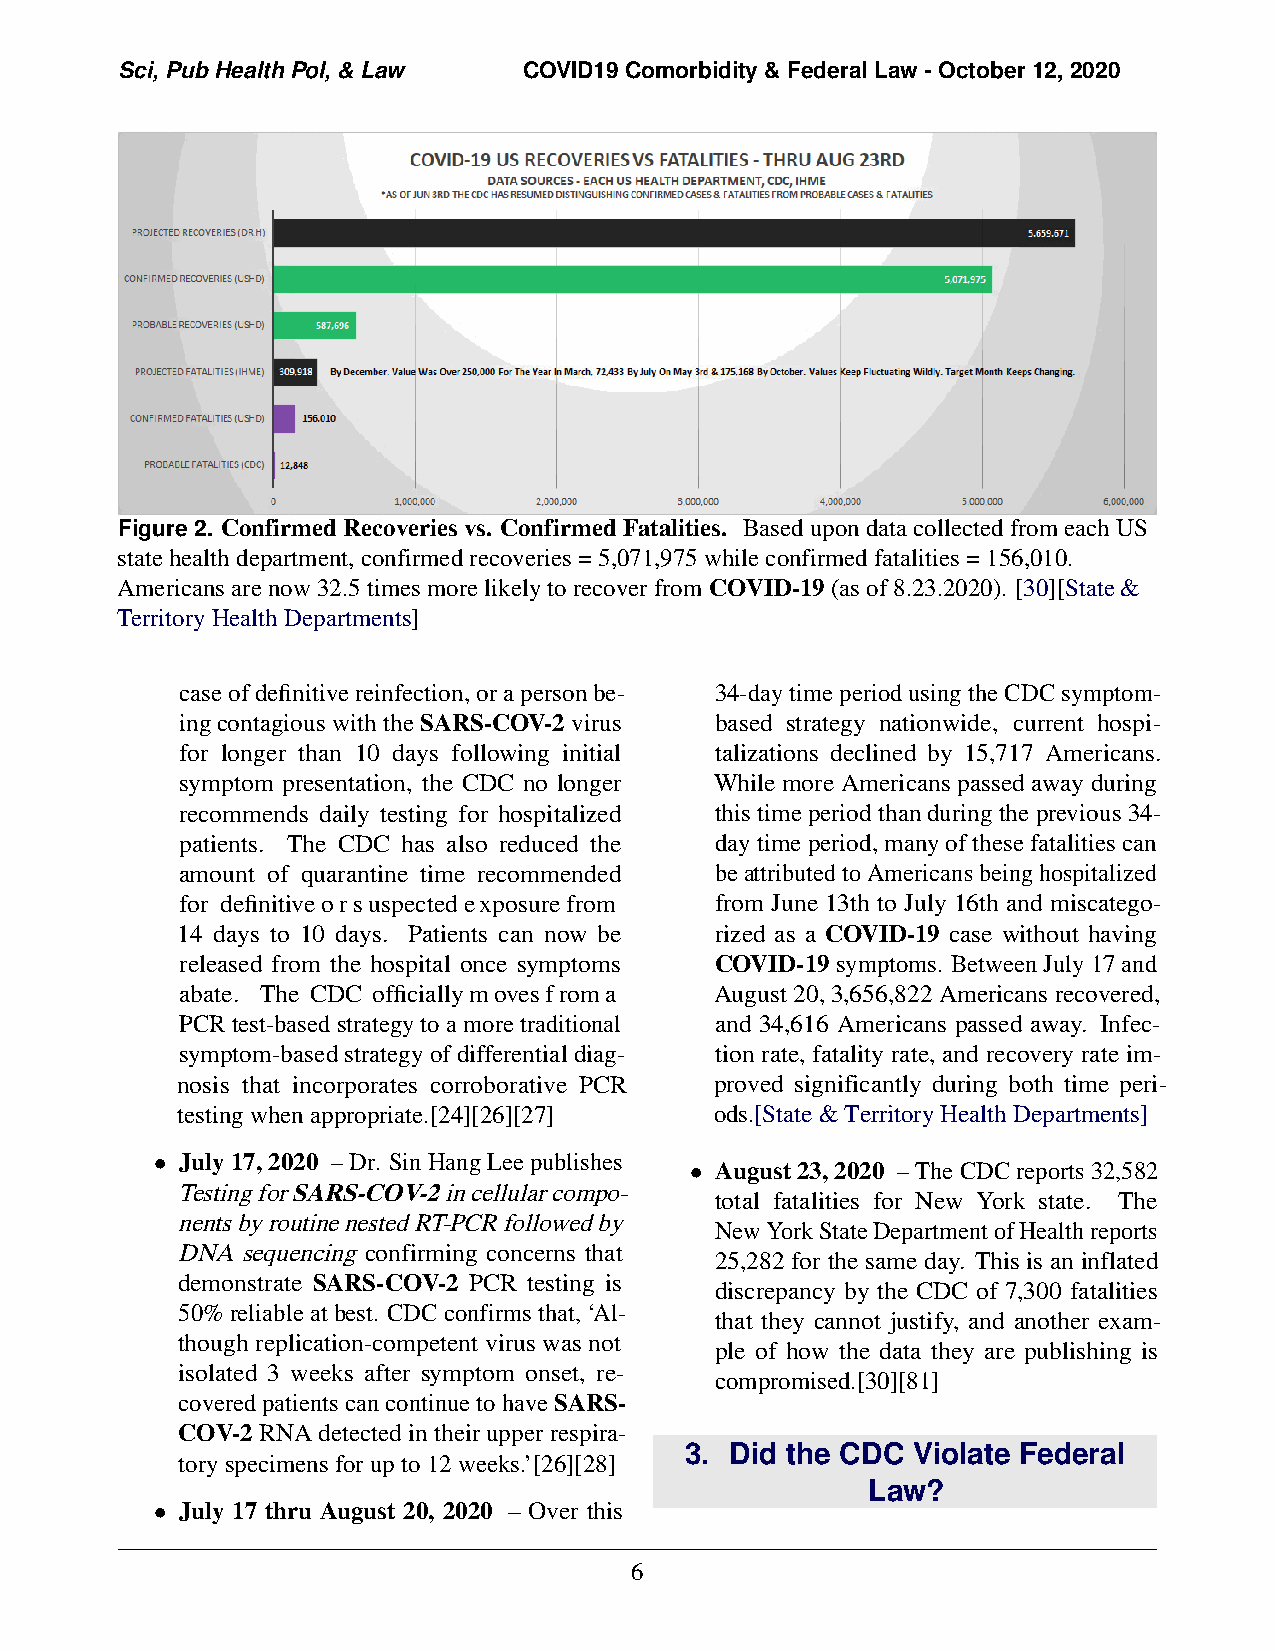
Sci, Pub Health Pol, & Law COVID19 Comorbidity & Federal Law - October 12, 2020
 Figure 2. Confirmed Recoveries vs. Confirmed Fatalities. Based upon data collected from each US
 state health department, confirmed recoveries = 5,071,975 while confirmed fatalities = 156,010.
 Americans are now 32.5 times more likely to recover from COVID-19 (as of 8.23.2020). [30][State &
 Territory Health Departments]
 case of definitive reinfection, or a person be- 34-day time period using the CDC symptom-
 ing contagious with the SARS-COV-2 virus based strategy nationwide, current hospi-
 for longer than 10 days following initial talizations declined by 15,717 Americans.
 symptom presentation, the CDC no longer While more Americans passed away during
 recommends daily testing for hospitalized this time period than during the previous 34-
 patients. The CDC has also reduced the day time period, many of these fatalities can
 amount of quarantine time recommended be attributed to Americans being hospitalized
 for definitive or suspected exposure from from June 13th to July 16th and miscatego-
 14 days to 10 days. Patients can now be rized as a COVID-19 case without having
 released from the hospital once symptoms COVID-19 symptoms. Between July 17 and
 abate. The CDC officially moves from a August 20, 3,656,822 Americans recovered,
 PCR test-based strategy to a more traditional and 34,616 Americans passed away. Infec-
 symptom-based strategy of differential diag- tion rate, fatality rate, and recovery rate im-
 nosis that incorporates corroborative PCR proved significantly during both time peri-
 testing when appropriate.[24][26][27] ods.[State & Territory Health Departments]
 • July 17, 2020 – Dr. Sin Hang Lee publishes
 • August 23, 2020 – The CDC reports 32,582
 Testing for SARS-COV-2 in cellular compo-
 total fatalities for New York state. The
 nents by routine nested RT-PCR followed by
 New York State Department of Health reports
 DNA sequencing confirming concerns that
 25,282 for the same day. This is an inflated
 demonstrate SARS-COV-2 PCR testing is
 discrepancy by the CDC of 7,300 fatalities
 50% reliable at best. CDC confirms that, ‘Al-
 that they cannot justify, and another exam-
 though replication-competent virus was not
 ple of how the data they are publishing is
 isolated 3 weeks after symptom onset, re-
 compromised.[30][81]
 covered patients can continue to have SARS-
 COV-2 RNA detected in their upper respira-
 3. Did the CDC Violate Federal
 tory specimens for up to 12 weeks.’[26][28]
 Law?
 • July 17 thru August 20, 2020 – Over this
 6